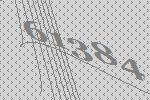
61384